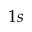
1 s